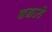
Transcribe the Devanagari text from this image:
बाजाऽरी